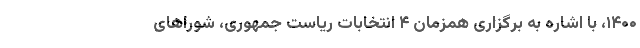
۱۴۰۰، با اشاره به برگزاری همزمان ۴ انتخابات ریاست جمهوری، شوراهای